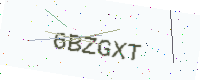
Text: 6BZGXT